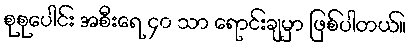
စုစုပေါင်း အစီးရေ ၄၀ သာ ရောင်းချမှာ ဖြစ်ပါတယ်။